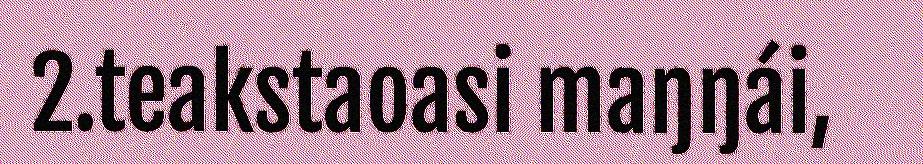
2.teakstaoasi maŋŋái,